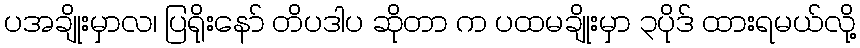
ပအချိုးမှာလ၊ ပြရိုးနော် တိပဒါပ ဆိုတာ က ပထမချိုးမှာ ၃ပိုဒ် ထားရမယ်လို့